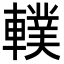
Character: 轐